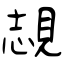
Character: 覟